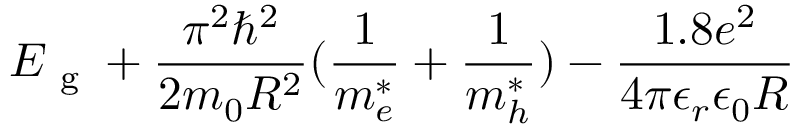
E \textsubscript { g } + \frac { \pi ^ { 2 } \hbar ^ { 2 } } { 2 m _ { 0 } R ^ { 2 } } ( \frac { 1 } { m _ { e } ^ { * } } + \frac { 1 } { m _ { h } ^ { * } } ) - \frac { 1 . 8 e ^ { 2 } } { 4 \pi \epsilon _ { r } \epsilon _ { 0 } R }